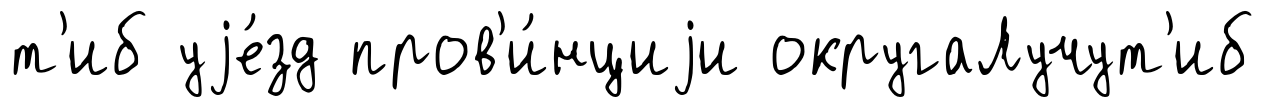
т'иб уjе́зд пров'и́нциjи округаЛучут'иб